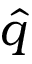
\hat { q }